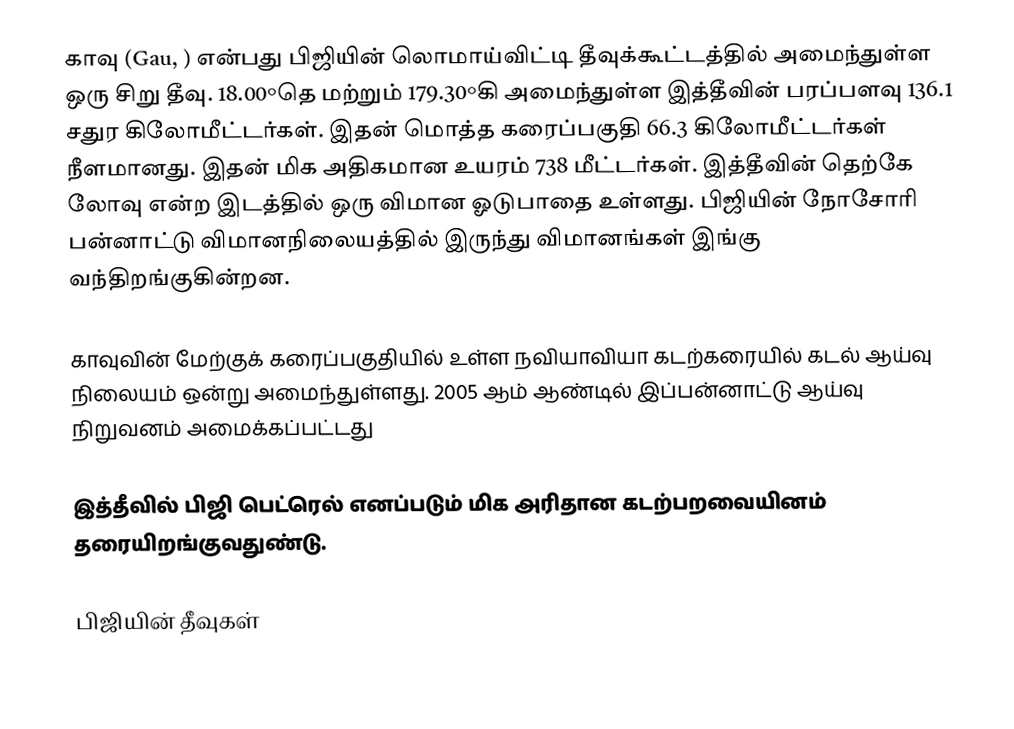
காவு (Gau, ) என்பது பிஜியின் லொமாய்விட்டி தீவுக்கூட்டத்தில் அமைந்துள்ள ஒரு சிறு தீவு. 18.00°தெ மற்றும் 179.30°கி அமைந்துள்ள இத்தீவின் பரப்பளவு 136.1 சதுர கிலோமீட்டர்கள். இதன் மொத்த கரைப்பகுதி 66.3 கிலோமீட்டர்கள் நீளமானது. இதன் மிக அதிகமான உயரம் 738 மீட்டர்கள். இத்தீவின் தெற்கே லோவு என்ற இடத்தில் ஒரு விமான ஓடுபாதை உள்ளது. பிஜியின் நோசோரி பன்னாட்டு விமானநிலையத்தில் இருந்து விமானங்கள் இங்கு வந்திறங்குகின்றன.

காவுவின் மேற்குக் கரைப்பகுதியில் உள்ள நவியாவியா கடற்கரையில் கடல் ஆய்வு நிலையம் ஒன்று அமைந்துள்ளது. 2005 ஆம் ஆண்டில் இப்பன்னாட்டு ஆய்வு நிறுவனம் அமைக்கப்பட்டது

இத்தீவில் பிஜி பெட்ரெல் எனப்படும் மிக அரிதான கடற்பறவையினம் தரையிறங்குவதுண்டு.

பிஜியின் தீவுகள்